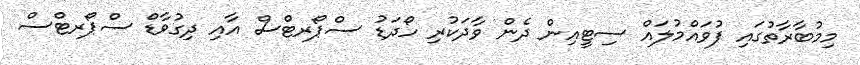
މިމުބާރާތުގައި ފުވައްމުލައް ސިޓީއިން ދެން ވާދަކުރި ހޯދަޑު ސްޕޯރޓްސް އާއި ދިގުވާޑް ސްޕޯރޓްސް